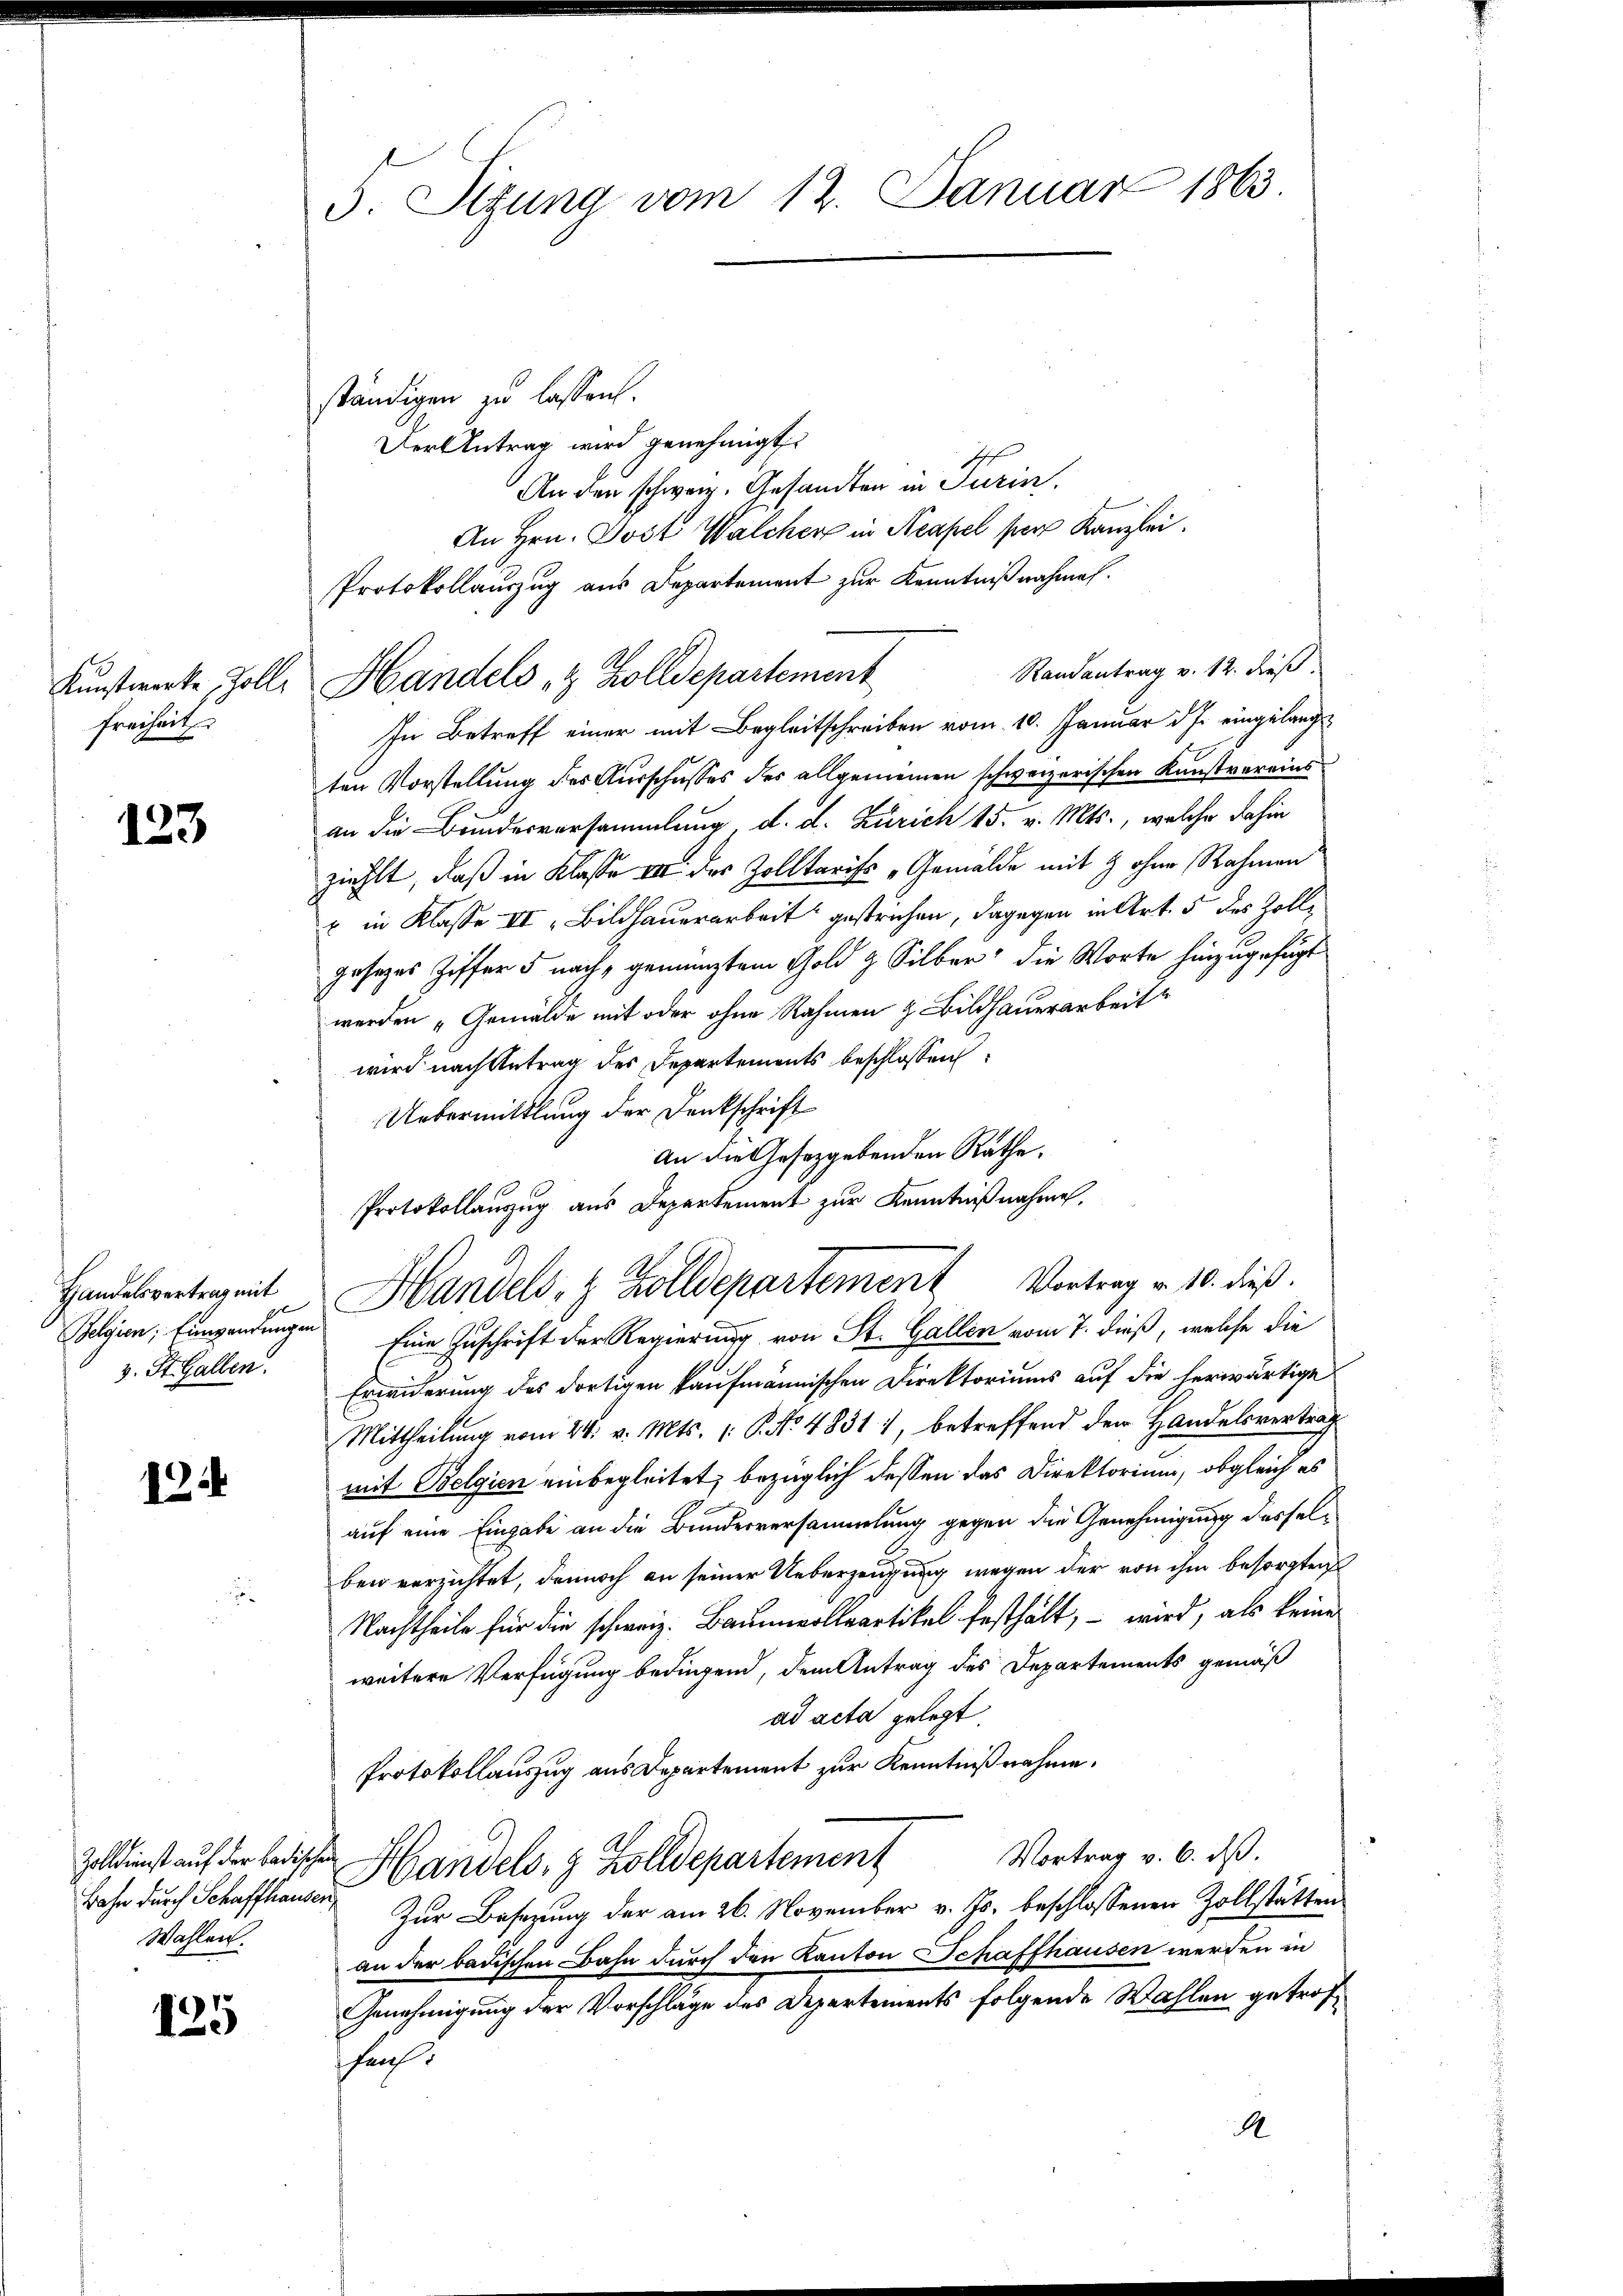
Kunstwerke, Zoll¬
Freiheit

123

Belgien, Einwandungen
v. St. Gallen.

12

Bahn durch Schaffhausen,
Wahlen.

125

5. Sizung vom 12. Januar 1863

ständigen zu lassen.
Der Antrag wird genehmigt.
An den schweiz. Gesandten in Turin.
An Hrn. Jost Walcher in Neapel per Kanzlei.
Protokollauszug aus Departement zur Kenntnißnahmen.
Randantrag v. 12. dieß.
Handels & Zolldepartement
In Betreff einer mit Begleitschreiben vom 10. Januar d. J. eingelangt
ten Vorstellung des Ausschusses des allgemeinen schweizerischen Kunstvereins
an die Bundesversammlung, d. d. Zürich 15. v. Mts., welche dahin
ziehlt, daß in Klasse III des Zolltarifs „Gemälde mit 9 ohne Rahmen
" in Klasse III Bildhauerarbeit gestrichen, dagegen in Art. 5 des Zollgesezes Ziffer 5 nach, gemeinstem Gold & Silber die Worte hinzugefügt
werden „Gemälde mit oder ohne Rahmen z. Bildhauerarbeit
wird nach Antrag des Departements beschlossen
Uebermittlung der Denkschrift
An die Gesetzgebenden Rathe.
Protokollanzug aus Departement zur Kenntnißnahme,
Eine Zuschrift der Regierung von St. Gallen vom 7. dieß, welche die
Erwiderung des dortigen kaufmännischen Direktoriums auf die herwärtige
Mittheilung vom 24. v. Mts. 1. P. No 4831 1, betreffend der Handelsvertrag
mit Belgien einbegleitet, bezüglich dessen das Direktorium, obgleich es
auf eine Eingabe an die Bundesversammlung gegen die Genehmigung desselben verzichtet, dennoch an seiner Ueberzeugung wegen der von ihm besorgten
Nachtheile für die schweiz. Baumwolleartikel festhält, – wird, als keine
weitere Verfügung bedingend, dem Antrag des Departements gemäß
ad acta gelegt.
Protokollauszug aus Departement zur Kenntnißnahme.
Vortrag v. 6. ds.
Zolldienst auf der Ladischen Handels- & Zolldepartement
Zur Besizung der am 26. November v. Js. beschlossenen Zollstatten
an der badischen Bahn durch den Kanton Schaffhausen werden in
Genehmigung der Vorschläge des Departements folgende Wahlen getrofhaufs
1

Handelsvertrag mit Handels- & Zolldepartement Vortrag v. 10. dieß.